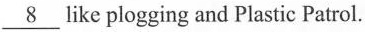
\underline{8}like plogging and Plastic Patrol.